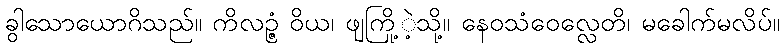
ခွါသောယောဂိသည်။ ကိလဉ္ဇံ ဝိယ၊ ဖျကြို့ဲ့သို့။ နေဝသံဝေလ္လေတိ၊ မခေါက်မလိပ်။